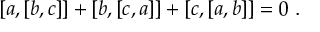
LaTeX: [ a , [ b , c ] ] + [ b , [ c , a ] ] + [ c , [ a , b ] ] = 0 \; .